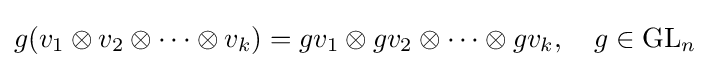
g(v_{1}\otimes v_{2}\otimes \cdots \otimes v_{k})=gv_{1}\otimes gv_{2}\otimes \cdots \otimes gv_{k},\quad g\in {\text{GL}}_{n}